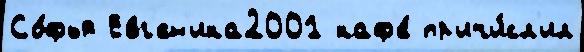
Со́фья Евг'ен'ика2001 каф'е́ пр'ичи́сл'ил